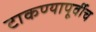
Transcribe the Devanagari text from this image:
टाकण्यापूर्वीच